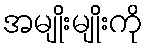
အမျိုးမျိုးကို